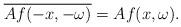
LaTeX: \begin{align*}\overline{A f(-x,-\omega)} = A f(x, \omega).\end{align*}